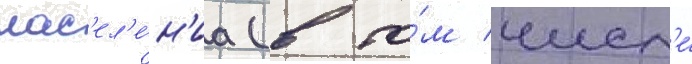
нас'ел'е́н'иа (в то́м числ'е́